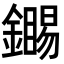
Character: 𬬏